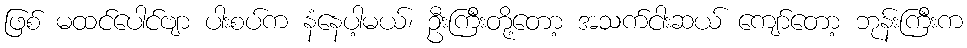
ဖြစ် မထင်ပေါင်ဗျာ ပါးစပ်က နံနေပါ့မယ်၊ ဦးကြီးတို့တော့ အသက်ငါးဆယ် ကျော်တော့ ဘုန်းကြီးက